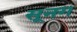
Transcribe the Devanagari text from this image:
सूनग